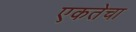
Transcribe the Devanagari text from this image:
एकतेचा